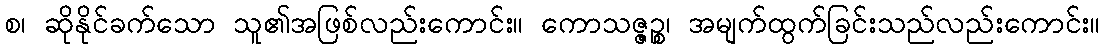
စ၊ ဆိုနိုင်ခက်သော သူ၏အဖြစ်လည်းကောင်း။ ကောသဇ္ဇဉ္စ၊ အမျက်ထွက်ခြင်းသည်လည်းကောင်း။